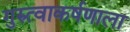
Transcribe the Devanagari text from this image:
गुरुत्वाकर्षणाला